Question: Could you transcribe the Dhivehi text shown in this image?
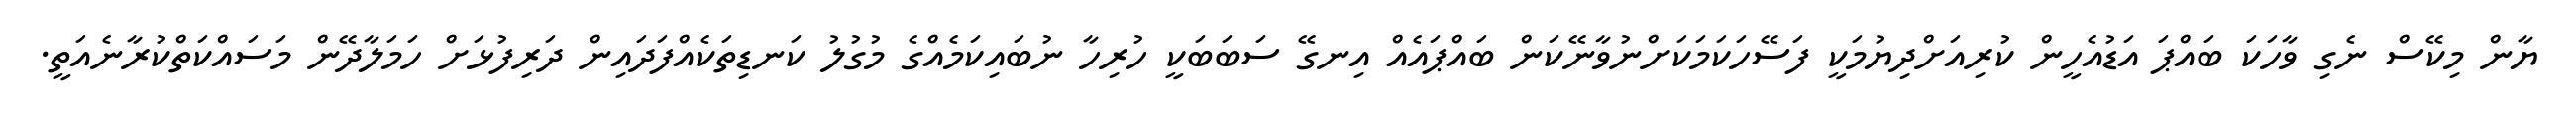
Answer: ޔާން މިކޭސް ނެގި ވާހަކަ ބައްޕަ އަޑުއެހީން ކުރިއަށްދިޔުމަކީ ފަސޭހަކަމަކަށްނުވާނޭކަން ބައްޕައެއް އިނގޭ ސަބަބަކީ ހުރިހާ ނުބައިކަމެއްގެ މުގުލު ކަނޑިތަކެއްފަދައިން ދަރިފުޅަށް ހަމަލާދޭން މަސައްކަތްކުރާނެއަތީ.